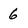
Character: 6